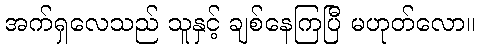
အက်ရှလေသည် သူနှင့် ချစ်နေကြပြီ မဟုတ်လော။